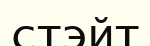
стэйт